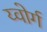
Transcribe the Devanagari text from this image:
य्वोर्ग